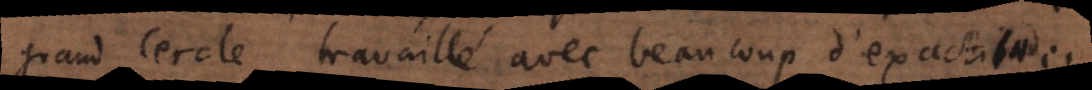
grand cercle travaillé avec beaucoup d’exactitude.